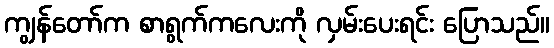
ကျွန်တော်က စာရွက်ကလေးကို လှမ်းပေးရင်း ပြောသည်။